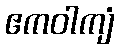
ဧကဝါကျံ